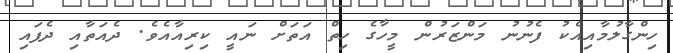
ހިންގާލުމާއިއެކު ފެނުނު މަންޒަރުން މީހާގެ ހިތް އަތަށް ނައީ ކިރިއާއެވެ. ދެއަތާއި ދެފައި